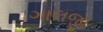
ગાલજી